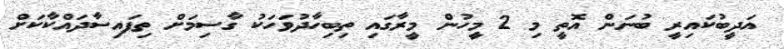
އަދީބުކައިރީ ބުނަން އޮތީ މި 2 މީހުން މީރާގައި ތިބިހާދުވަހަކު ގާސިމަށް ތިފައިސާދައްކާކަށް